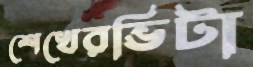
শেখেরভিটা